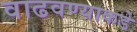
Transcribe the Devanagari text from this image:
वाढवण्याकडे